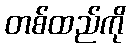
တစ်ထည်ကို